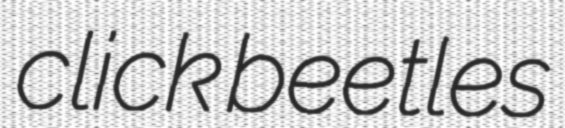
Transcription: click beetles